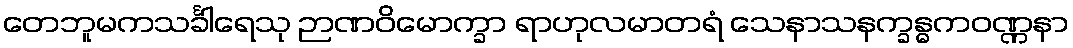
တေဘူမကသင်္ခါရေသု ဉာဏဝိမောက္ခာ ရာဟုလမာတရံ သေနာသနက္ခန္ဓကဝဏ္ဏနာ